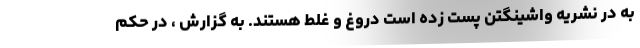
به در نشریه واشینگتن پست زده است دروغ و غلط هستند. به گزارش ، در حکم